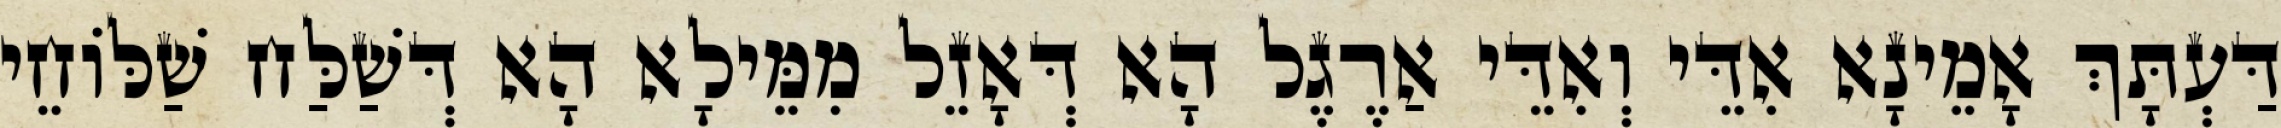
דַּעְתָּךְ אָמֵינָא אִדֵּי וְאִדֵּי אַרֶגֶל הָא דְּאָזֵל מִמֵּילָא הָא דְּשַׁלַּח שַׁלּוֹחֵי